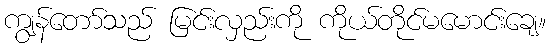
ကျွန်တော်သည် မြင်းလှည်းကို ကိုယ်တိုင်မမောင်းချေ။